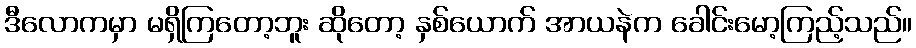
ဒီလောကမှာ မရှိကြတော့ဘူး ဆိုတော့ နှစ်ယောက် အာယနဲက ခေါင်းမော့ကြည့်သည်။